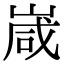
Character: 嵅